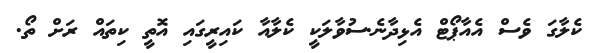
ކެލާގަ ވެސް އެއާޕޯޓް އެޅިދާނެ.ސުވާލަކީ ކެލާއާ ކައިރީގައި އޮތީ ކިތައް ރަށް ތޯ.